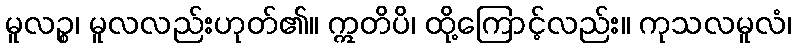
မူလဉ္စ၊ မူလလည်းဟုတ်၏။ ဣတိပိ၊ ထို့ကြောင့်လည်း။ ကုသလမူလံ၊